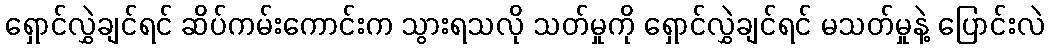
ရှောင်လွှဲချင်ရင် ဆိပ်ကမ်းကောင်းက သွားရသလို သတ်မှုကို ရှောင်လွှဲချင်ရင် မသတ်မှုနဲ့ ပြောင်းလဲ